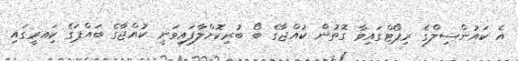
އެ ކައުންސިލްގެ ރިޕޯޓްގައިވާ ގޮތުން ކުއްޖާގެ ބޯ ބުރިކޮށްލާފައިވަނީ ކުއްޖާގެ ބައްޕަގެ ކަިއރީގައި